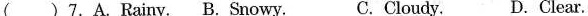
( )7.A. Rainv. B. Snowy. C. Cloudy. D. Clear.